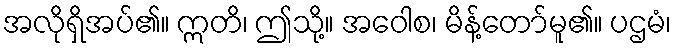
အလိုရှိအပ်၏။ ဣတိ၊ ဤသို့။ အဝေါစ၊ မိန့်တော်မူ၏။ ပဌမံ၊